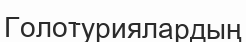
Голотуриялардың